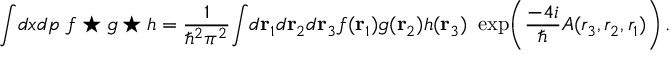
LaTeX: \int \! d x d p ~ f \star g \star h = { \frac { 1 } { \hbar ^ { 2 } \pi ^ { 2 } } } \! \int \! d { \bf r } _ { 1 } d { \bf r } _ { 2 } d { \bf r } _ { 3 } f ( { \bf r } _ { 1 } ) g ( { \bf r } _ { 2 } ) h ( { \bf r } _ { 3 } ) ~ \exp \! \left( { \frac { - 4 i } { \hbar } } A ( r _ { 3 } , r _ { 2 } , r _ { 1 } ) \right) .